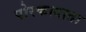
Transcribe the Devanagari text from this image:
पोरकादाता